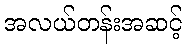
အလယ်တန်းအဆင့်